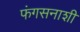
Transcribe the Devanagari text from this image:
फंगसनाशी